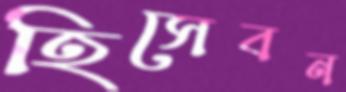
হিসেবন